system: You are a helpful assistant.
user:
Analyze the provided spectrum to determine if it is a **S-type Star**.

- **Key Indicators for S-type Star:**

    - **(Overall Spectrum Shape):** The first and most obvious characteristic is the overall continuum (the "baseline" shape). It is **extremely "red-sloping,"** meaning the flux (light intensity) is very low on the left side (blue, ~4000-4500 Å) and rises steeply and continuously toward the right side (red, ~7000 Å+).

    - **(Primary):** The spectrum is defined by the presence of strong, broad molecular absorption "valleys" (bands) from **Zirconium Oxide (ZrO)**. The identification of these bands is the **primary requirement** for classifying a star as S-type.
        - **(Key Bandheads):** You must find distinct, deep "dips" where the light has been absorbed. The most critical band systems to locate are:
            - **~6474 Å** ($\gamma$-system): This is often the strongest and clearest ZrO feature, found in the red part of the spectrum.
            - **~5718 Å** & **~5551 Å** ($\beta$-system): A pair of prominent absorption features in the yellow-orange part of the spectrum.
            - **~4640 Å** ($\alpha$-system): A key absorption band system in the blue-green region of the spectrum.

    - **(Secondary Confirmation):** The classification is strengthened by finding additional absorption bands from other related heavy element oxides, which are expected to be present alongside ZrO.
        - **(Key Bandheads):**
            - **Yttrium Oxide (YO):** Look for absorption dips near **~4800 Å** and **~6100 Å**.
            - **Lanthanum Oxide (LaO):** Additional absorption features, particularly in the red-orange part of the spectrum, are also characteristic.

    - **(Line Profile):** The combination of the steep red continuum and these numerous, deep molecular bands (ZrO, YO, etc.) gives the entire spectrum a very **"chopped-up"** or **"bumpy"** appearance. Instead of a smooth curve, the spectrum looks as though large, wide chunks of light have been "carved out" of it at the specific wavelengths listed above.

Think first, call **spectral_visualization_tool** if needed to examine features in detail, then provide your final answer. Your response must adhere to the following strict rules:
1.  **Overall Structure:** Your response must follow the format `<think>...</think> <tool_call>...</tool_call> (if a tool is used) <answer>...</answer>`.
2.  **Tool Usage Constraint:** You may only make **one** tool call per turn.
3.  **Final Answer Format:** In the `<answer>` tag, your conclusion must be inside a `\boxed{}` command (e.g., `\boxed{YES}` or `\boxed{NO}`), followed by your justification.

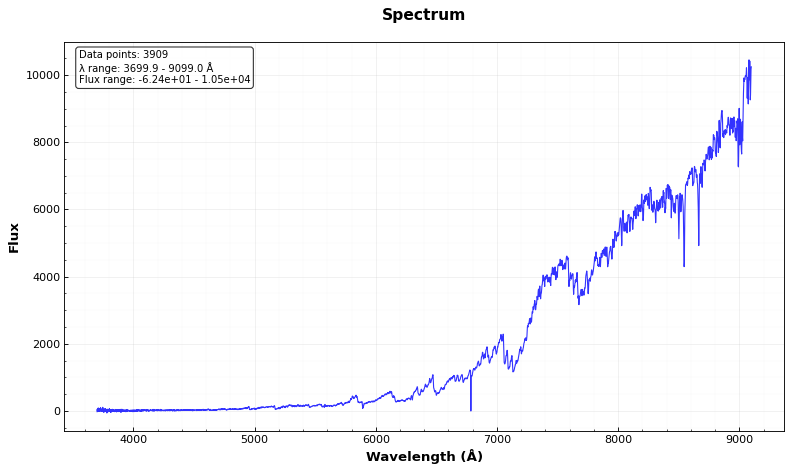
Answer: YES